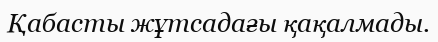
Қабасты жұтсадағы қақалмады.